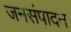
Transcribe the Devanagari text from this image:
जनसंपादन